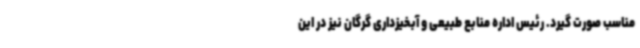
مناسب صورت گیرد. رئیس اداره منابع طبیعی و آبخیزداری گرگان نیز در این